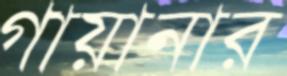
গায়ানার